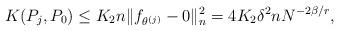
LaTeX: \begin{align*}K(P_j,P_0)\leq K_2 n \|f_{\theta^{(j)}}- 0\|_n^2 =4K_2\delta^2 n N^{-2\beta/r},\end{align*}